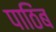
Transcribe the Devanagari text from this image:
पाठिंब